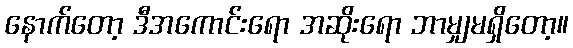
နောက်တော့ ဒီအကောင်းရော အဆိုးရော ဘာမျှမရှိတော့။